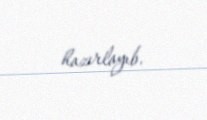
hazırlayıb.